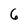
Character: 6